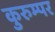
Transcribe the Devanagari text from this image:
कुरुम्पर